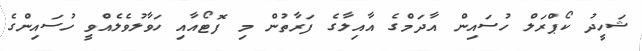
ޝަހީދު ކޯޕްރަލް ހުސައިން އާދަމްގެ އާއިލާގެ ފަރާތުން މި ފޮޓޯއާއި ހަވާލުވެލެއްވީ ހުސައިންގެ